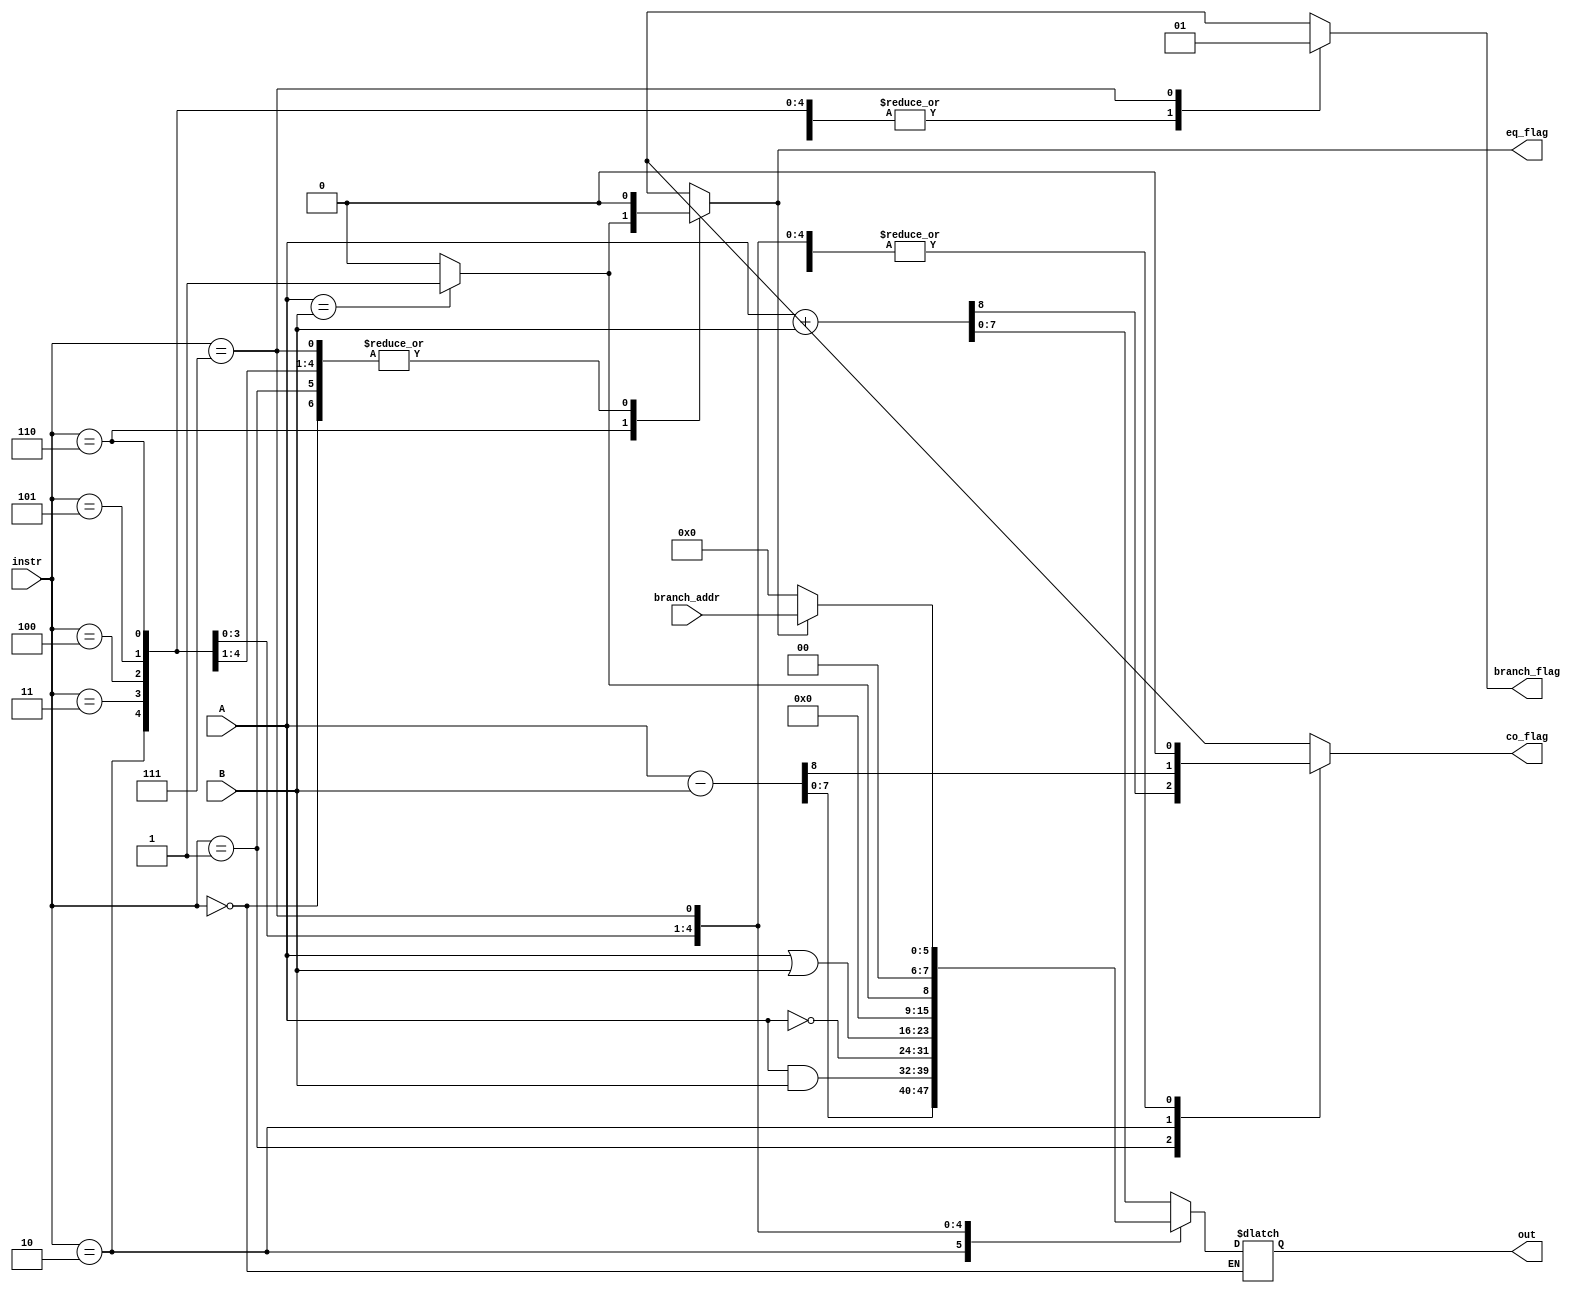
module ALU(A, B, branch_addr, instr, out, co_flag, eq_flag, branch_flag);
  //Creat an 8-bit ALU for a pipeline CPU
  //Instructions available ADD, SUB, INC, DEC, AND, OR, XOR, NOT
  input[7:0] A, B;
  input[2:0] instr;
  input[5:0] branch_addr;
  output reg [7:0] out;
  output reg co_flag;
  output reg eq_flag;
  output reg branch_flag;
  initial begin
    co_flag <= 1'b0;
    eq_flag <= 1'b0;
    branch_flag <= 1'b0;
  end
  always @ (A or B) begin
    case (instr)
      3'b000: begin
        $display("Do nothing");
        branch_flag <= 1'b0;
        co_flag <= 1'b0;
        eq_flag <= 1'b0;
      end
      3'b001: begin
        $display("Add A + B into C");
        {co_flag, out} = A + B;
        branch_flag <= 1'b0;
        eq_flag <= 1'b0;
      end
      3'b010: begin
        $display("Sub: A - B into C");
        {co_flag, out} = A - B;
        branch_flag <= 1'b0;
        eq_flag <= 1'b0;
      end
      3'b011: begin
        $display("And: A & B into C");
        out = A & B;
        co_flag <= 1'b0;
        eq_flag <= 1'b0;
        branch_flag <= 1'b0;
      end
      3'b100: begin
        $display("not: ~A into C");
        out = ~A;
        branch_flag <= 1'b0;
        co_flag <= 1'b0;
        eq_flag <= 1'b0;
      end
      3'b101: begin
        $display("or: A | B into C");
        out = A | B;
        branch_flag <= 1'b0;
        co_flag <= 1'b0;
        eq_flag <= 1'b0;
      end
      3'b110:begin
        $display("Equal: A==B = 00000001");
        if (A == B)
          begin
            $display("Equal");
            out = 8'b01;
            eq_flag <= 1'b1;
            branch_flag <= 1'b0;
            co_flag <= 1'b0;
          end
        else
          begin
            $display("Not equal");
            out = 8'b0;
            eq_flag <= 1'b0;
            branch_flag <= 1'b0;
            co_flag <= 1'b0;
          end
      end
      3'b111: begin
        if (eq_flag) begin
          $display("branched");
          out = {2'b0, branch_addr};
          eq_flag <= 1'b0;
          branch_flag <= 1'b1;
          co_flag <= 1'b0;
        end
        else begin// not taken
          $display("not branched");
          out = 8'b0;
          eq_flag <= 1'b0;
          branch_flag <= 1'b1;
          co_flag <= 1'b0;
        end
      end
      default: $display("invalid mode doing nothing");
    endcase
  end
endmodule //ALU 8 bit